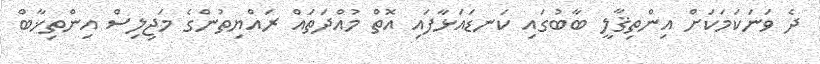
ދެ ވަނަކަމަކަށް އިންތިޤާލީ ބާބުގައި ކަނޑައަޅާފައި އޮތް މުއްދަތައް ރައްޔިތުންގެ މަޖިލިސް އިންތިޚާބް